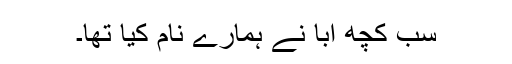
سب کچھ ابا نے ہمارے نام کیا تھا۔